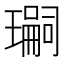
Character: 𭺂